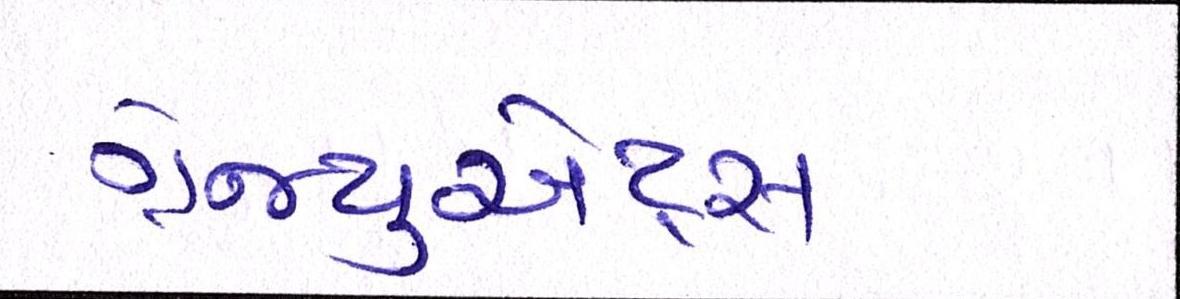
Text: ગ્રેજ્યુએટ્સ